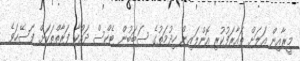
މީރާއިން އަލަށް ތައާރަފުކުރި އޮންލައިން ހިދުމަތުގެ ސަބަބުން ޓެކްސް ދައްކާ ފަރާތްތަކަށް ފަސޭހަވެ